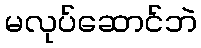
မလုပ်ဆောင်ဘဲ